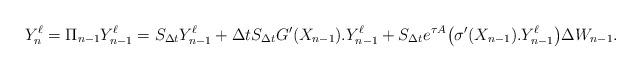
LaTeX: \begin{align*}Y_{n}^{\ell}=\Pi_{n-1}Y_{n-1}^{\ell}=S_{\Delta t}Y_{n-1}^{\ell}+\Delta tS_{\Delta t}G'(X_{n-1}).Y_{n-1}^{\ell}+S_{\Delta t}e^{\tau A}\bigl(\sigma'(X_{n-1}).Y_{n-1}^{\ell}\bigr)\Delta W_{n-1}.\end{align*}